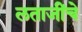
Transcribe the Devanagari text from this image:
लताजींचे